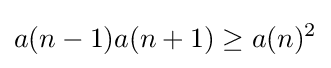
a(n-1)a(n+1)\geq a(n)^{2}